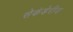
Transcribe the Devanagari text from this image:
सेकंडेरीज